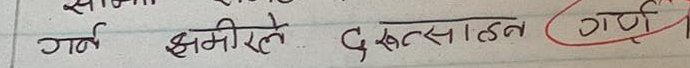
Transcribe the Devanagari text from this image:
गर्न झमीलेले दुरुत्साहन गर्न